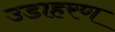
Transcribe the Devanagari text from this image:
उडाहरण